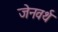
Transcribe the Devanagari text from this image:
जेनवर्थ